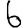
Digit: 6